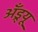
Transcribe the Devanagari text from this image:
ॲंड्र्यू